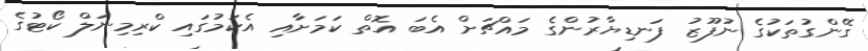
ގޭންގުތަކުގެ ނުފޫޒު ފަނޑިޔާރުންގެ މައްޗަށް އެބަ އޮތް ކަމަށާއި އެކަމުގައި ކްރިމިނަލް ކޯޓުގެ